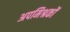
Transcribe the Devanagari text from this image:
अपमिश्रकों